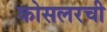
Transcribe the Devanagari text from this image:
कोसलरची